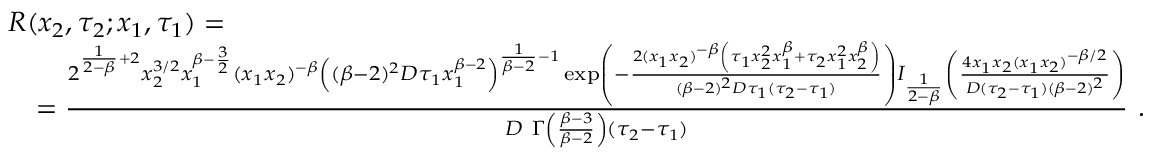
\begin{array} { r l } & { R ( x _ { 2 } , \tau _ { 2 } ; x _ { 1 } , \tau _ { 1 } ) = } \\ & { \quad = \frac { 2 ^ { \frac { 1 } { 2 - \beta } + 2 } x _ { 2 } ^ { 3 / 2 } x _ { 1 } ^ { \beta - \frac { 3 } { 2 } } ( x _ { 1 } x _ { 2 } ) ^ { - \beta } \left( ( \beta - 2 ) ^ { 2 } D \tau _ { 1 } x _ { 1 } ^ { \beta - 2 } \right) ^ { \frac { 1 } { \beta - 2 } - 1 } \exp \left( - \frac { 2 ( x _ { 1 } x _ { 2 } ) ^ { - \beta } \left( \tau _ { 1 } x _ { 2 } ^ { 2 } x _ { 1 } ^ { \beta } + \tau _ { 2 } x _ { 1 } ^ { 2 } x _ { 2 } ^ { \beta } \right) } { ( \beta - 2 ) ^ { 2 } D \tau _ { 1 } ( \tau _ { 2 } - \tau _ { 1 } ) } \right) I _ { \frac { 1 } { 2 - \beta } } \left( \frac { 4 x _ { 1 } x _ { 2 } ( x _ { 1 } x _ { 2 } ) ^ { - \beta / 2 } } { D ( \tau _ { 2 } - \tau _ { 1 } ) ( \beta - 2 ) ^ { 2 } } \right) } { D \ \Gamma \left( \frac { \beta - 3 } { \beta - 2 } \right) ( \tau _ { 2 } - \tau _ { 1 } ) } \ . } \end{array}